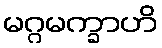
မဂ္ဂမက္ခာဟိ